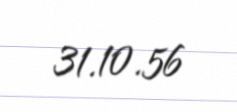
31.10.56